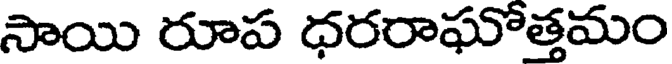
సాయి రూప ధరరాఘోత్తమం